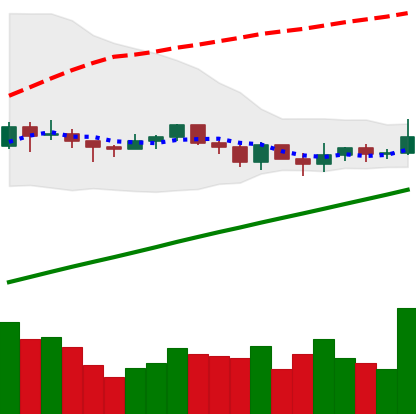
Ticker: XLM-USD
Chart end date: 2021-03-20
Forward return: -12.357%
Label: down_7plus